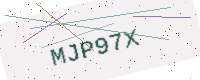
Text: MJP97X